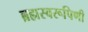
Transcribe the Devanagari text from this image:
ब्रह्मस्वरूपिणी